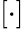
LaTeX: [\cdot]